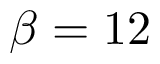
\beta = 1 2